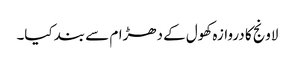
لاونج کا دروازہ کھول کے دھڑام سے بند کیا۔